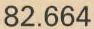
82.664